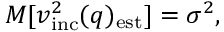
M [ v _ { \mathrm { i n c } } ^ { 2 } ( q ) _ { \mathrm { e s t } } ] = \sigma ^ { 2 } ,